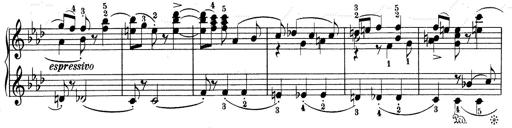
Title: Weinen, Klagen, Sorgen, Zagen
Composer: Franz Liszt